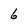
Character: 6